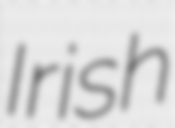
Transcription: Irish